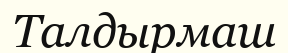
Талдырмаш